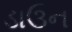
ડાઉન